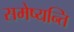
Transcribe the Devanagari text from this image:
समेष्यन्ति